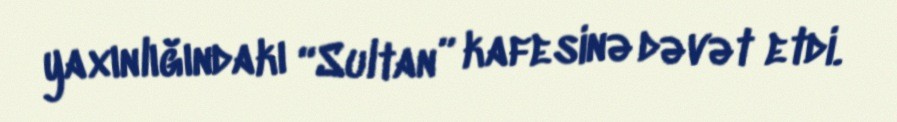
yaxınlığındakı “Sultan” kafesinə dəvət etdi.